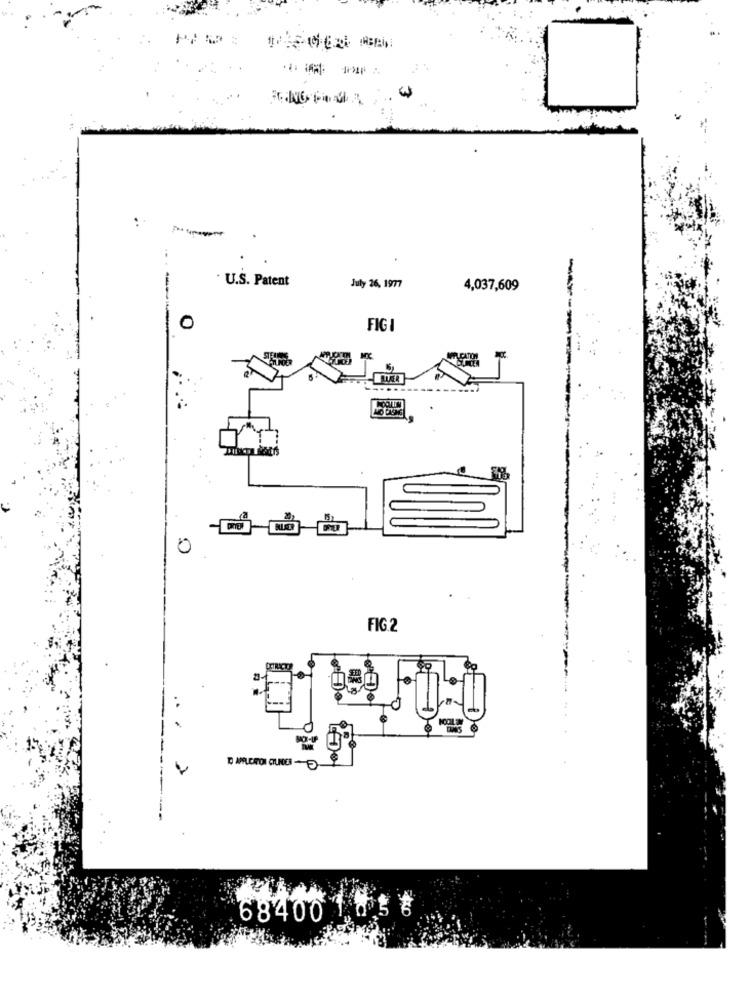
:
.
.U.S. Patent
July 26, 1977
4,037,609
0
FIGI
0
FIG.2
68400 1 8 5 8